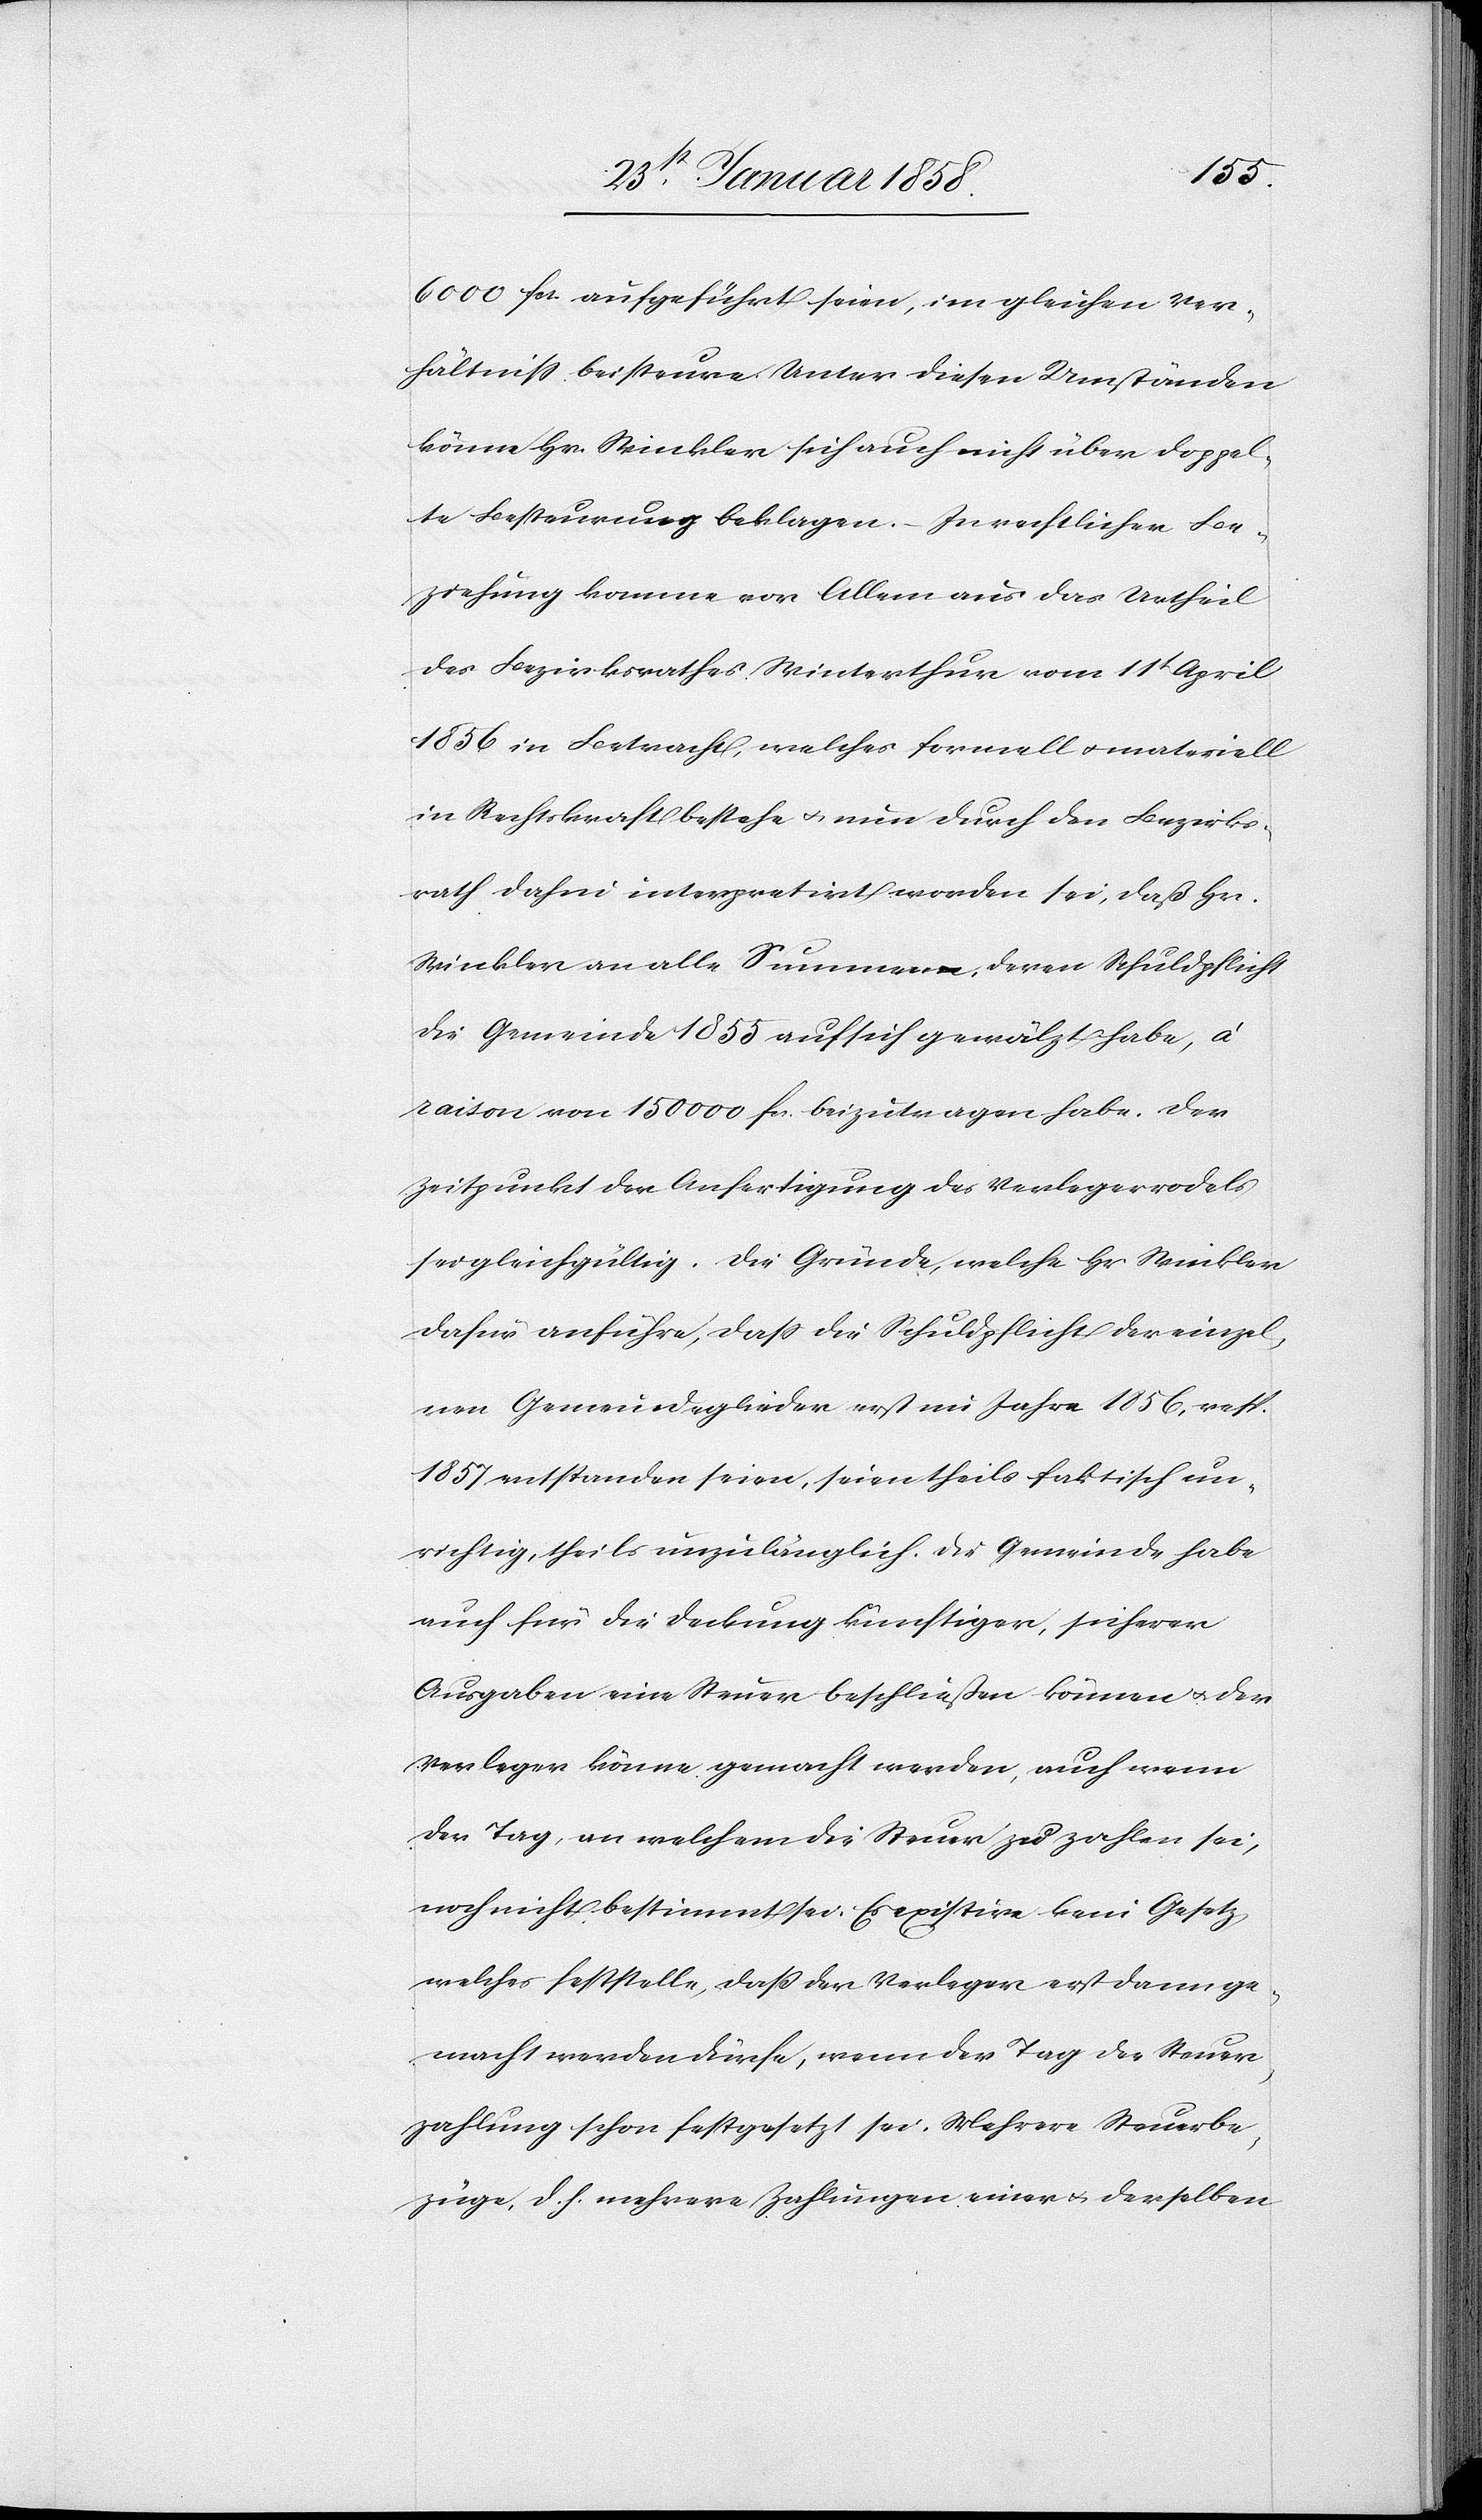
6000 fcs. aufgeführt seien, im gleichen Ver¬
hältniß beisteure. Unter diesen Umständen
könne Hr. Winkler sich auch nicht über doppel¬
te Besteuerung beklagen. In rechtlicher Be¬
ziehung komme vor Allem aus das Urtheil
des Bezirksrathes Winterthur vom 11t April
1856 in Betracht, welches formell u. materiell
in Rechtskraft bestehe u. nun durch den Bezirks¬
rath dahin interpretirt worden sei, daß Hr.
Winkler an alle Summen, deren Schuldpflicht
die Gemeinde 1855 auf sich gewälzt habe, à
raison von 150 000 fcs. beizutragen habe. Der
Zeitpunkt der Anfertigung des Verlegerrodels
sei gleichgültig. Die Gründe, welche Hr. Winkler
dafür anführe, daß die Schuldpflicht der einzel¬
nen Gemeindeglieder erst im Jahre 1856, resp.
1857 entstanden seien, seien theils faktisch un¬
richtig, theils unzulänglich. Die Gemeinde habe
auch für die Deckung künftiger, sicherer
Ausgaben eine Steuer beschließen können u. der
Verleger könne gemacht werden, auch wenn
der Tag, an welchem die Steuer zu zahlen sei,
noch nicht bestimmt sei. Es existire kein Gesetz,
welches feststelle, daß der Verleger erst dann ge¬
macht werden dürfe, wenn der Tag der Steuer¬
zahlung schon festgesetzt sei. Mehrere Steuerbe¬
züge, d. h. mehrere Zahlungen einer u. derselben